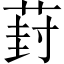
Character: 葑